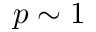
p \sim 1